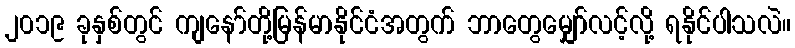
၂၀၁၉ ခုနှစ်တွင် ကျနော်တို့မြန်မာနိုင်ငံအတွက် ဘာတွေမျှော်လင့်လို့ ရနိုင်ပါသလဲ။